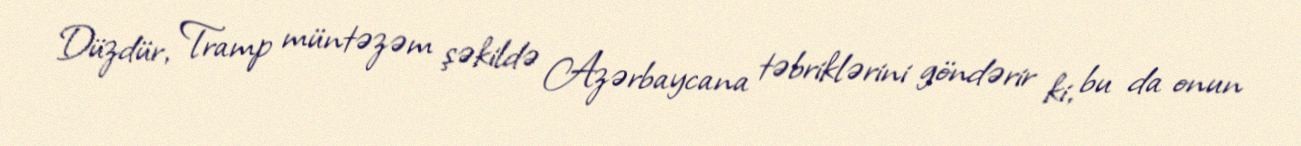
Düzdür, Tramp müntəzəm şəkildə Azərbaycana təbriklərini göndərir ki, bu da onun